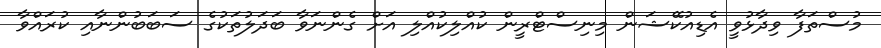
މުސްތަފާ ވިދާޅުވީ އެޑިއުކޭޝަން މިނިސްޓްރީން ކުއްލިކުއްލި އަށް ގެންނަވާ ބަދަލުތަކުގެ ސަބަބުންނާއި ކުރައްވާ